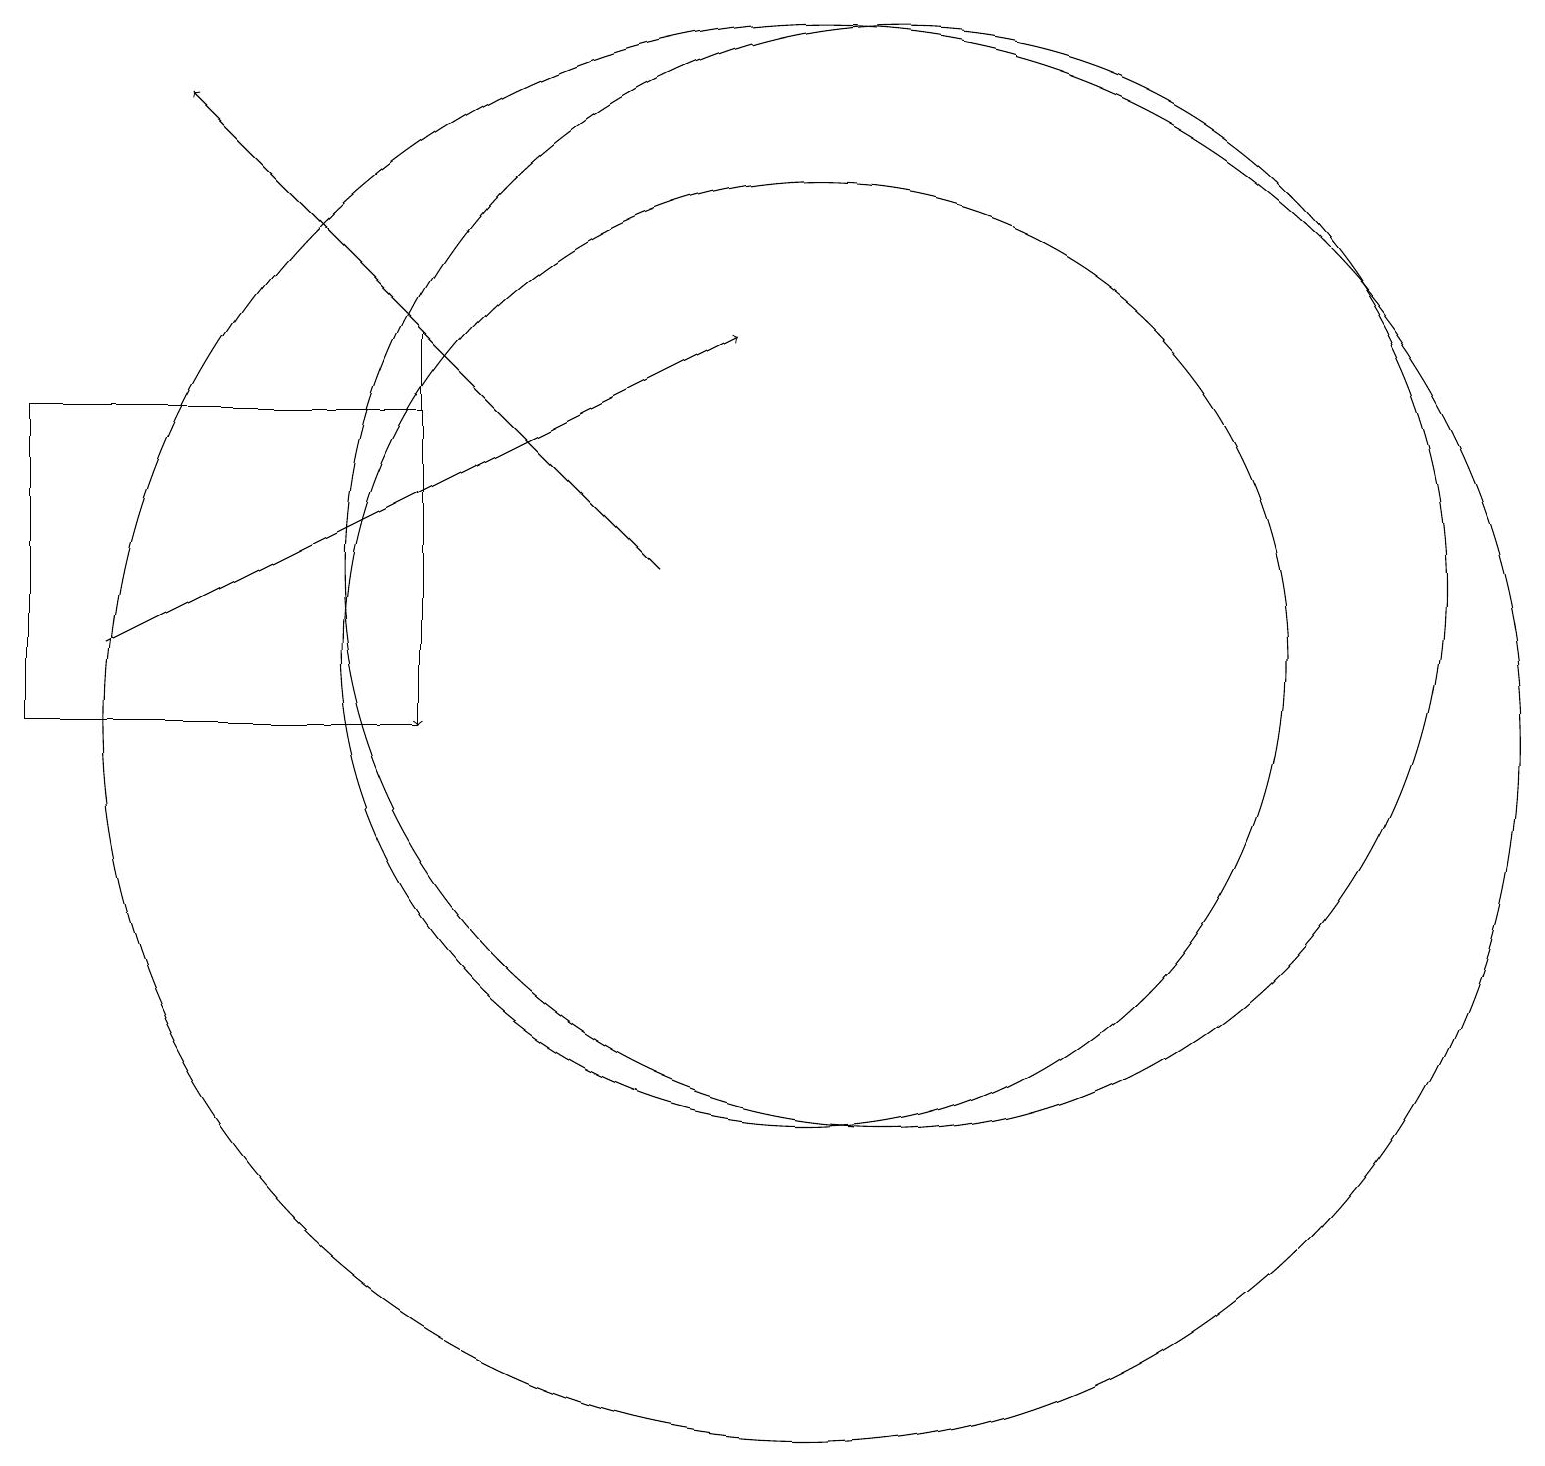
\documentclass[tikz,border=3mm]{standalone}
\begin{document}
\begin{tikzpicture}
\draw[->] (8,12) -- (2,18);
\draw (10,11) circle (6);
\draw (0,10) rectangle (5,14);
\draw (11,12) circle (7);
\draw[->] (1,11) -- (9,15);
\draw (10,10) circle (9);
\draw[->] (5,15) -- (5,10);
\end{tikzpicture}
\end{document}